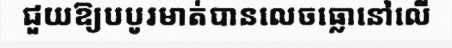
ជួយឱ្យបបូរមាត់បានលេចធ្លោនៅលើ